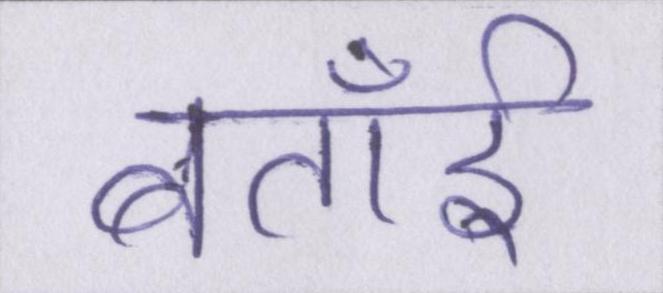
बताईँ